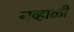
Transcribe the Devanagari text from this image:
नव्हाळी